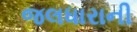
જલધારાની